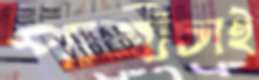
পাত্রীচাই